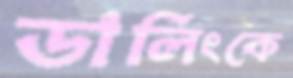
ডার্লিংকে